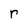
Character: r